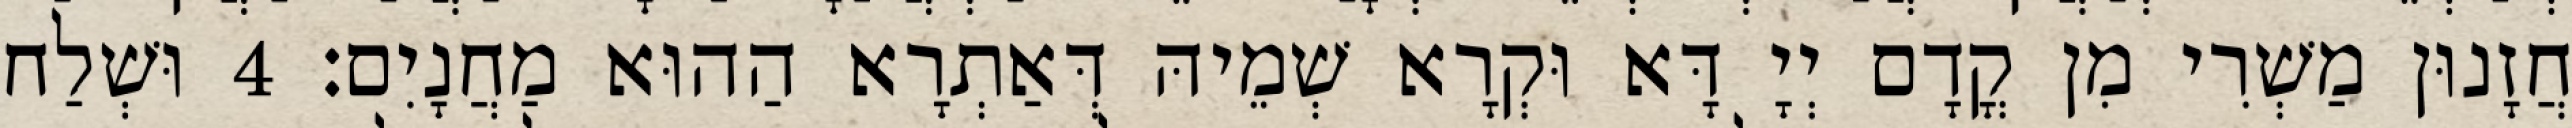
חֲזָנוּן מַשְׁרִי מִן קֳדָם יְיָ דָּא וּקְרָא שְׁמֵיהּ דְּאַתְרָא הַהוּא מַחֲנָיִם׃ 4 וּשְׁלַח